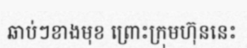
ឆាប់ៗខាងមុខ ព្រោះក្រុមហ៊ុននេះ